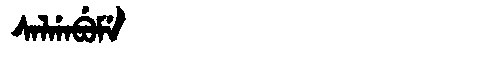
Manchu: ᠰᠠᠯᡤᠠᠪᡠᠮᡝ
Romanization: SALGABUME